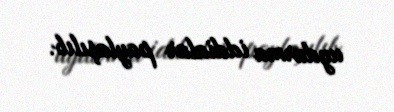
uydurma iddialar paylaşılıb.